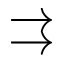
\rightrightarrows